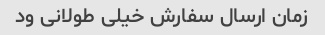
زمان ارسال سفارش خیلی طولانی ود